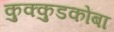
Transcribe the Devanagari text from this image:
कुक्कुडकोंबा